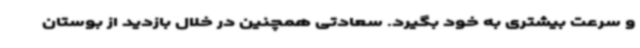
و سرعت بیشتری به خود بگیرد. سعادتی همچنین در خلال بازدید از بوستان